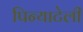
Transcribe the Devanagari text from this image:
पिन्याटेली